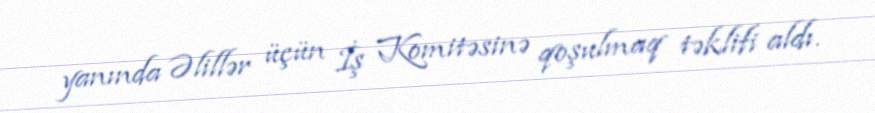
yanında Əlillər üçün İş Komitəsinə qoşulmaq təklifi aldı.